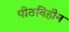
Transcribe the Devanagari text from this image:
पीठविहीन